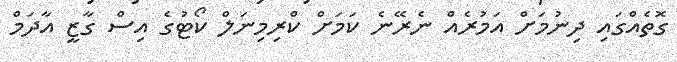
ގޮތެއްގައި ދިނުމަށް އަމުރެއް ނެރޭނެ ކަމަށް ކްރިމިނަލް ކޯޓުގެ އިސް ގާޒީ އާދަމް